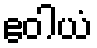
ဧဝါယံ